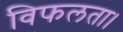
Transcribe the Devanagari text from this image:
विफलता।